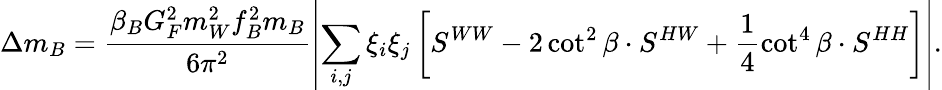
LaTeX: \Delta m_{B}=\frac{\beta_{B}G_{F}^{2}m_{W}^{2}f_{B}^{2}m_{B}}{6\pi^{2}}\left\vert\sum_{i,j}\xi_{i}\xi_{j}\left[S^{WW}-2\cot^{2}\beta\cdot S^{HW}+\frac{1}{4}\cot^{4}\beta\cdot S^{HH}\right]\right\vert.